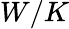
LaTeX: W/K